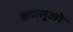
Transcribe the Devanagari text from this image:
कात्सुओ